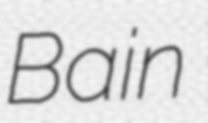
Bain